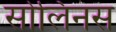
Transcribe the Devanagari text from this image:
सोलिनस